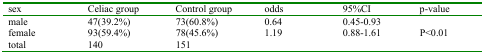
| sex | Celiac group | Control group | odds | 95%CI | p-value |
 | --- | --- | --- | --- | --- | --- |
 | male | 47(39.2%) | 73(60.8%) | 0.64 | 0.45-0.93 | <ROWSPAN=2> P<0.01 |
 | female | 93(59.4%) | 78(45.6%) | 1.19 | 0.88-1.61 |
 | total | 140 | 151 |  |  |  |